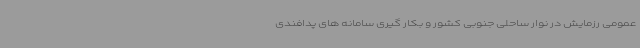
عمومی رزمایش در نوار ساحلی جنوبی کشور و بکار گیری سامانه های پدافندی